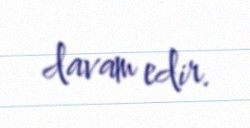
davam edir.